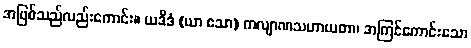
အဖြစ်သည်လည်းကောင်း။ ယဒိဒံ (ယာ ဧသာ) ကလျာဏသဟာယတာ၊ အကြင်ကောင်းသော